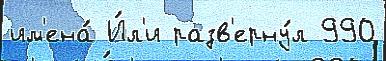
им'ена́ И́л'и разв'ерну́л 990